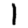
Digit: 1